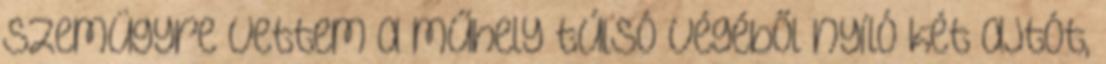
szemügyre vettem a műhely túlsó végéből nyíló két ajtót,